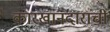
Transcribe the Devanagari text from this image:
कारखानदारांची